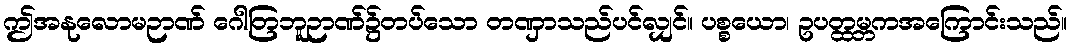
ဤအနုလောမဉာဏ် ဂေါတြဘူဉာဏ်၌တပ်သော တဏှာသည်ပင်လျှင်။ ပစ္စယော၊ ဥပတ္ထမ္ဘကအကြောင်းသည်။